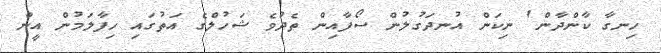
ހިނގާ ކާންދާން' ނިކަން އުނދަގުލުން ސޯފާއިން ތެދުވެ ޝަހުލްގެ އަތުގައި ހިފާލަމުން އީން